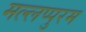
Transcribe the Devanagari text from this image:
मल्लप्पुरम